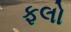
ફલો